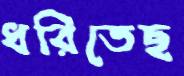
ধরিতেছ